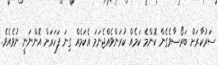
ސަރުކާރަށް ބަރޯސާވެގެން ކޮންމެ ކަމެއް ކުރަންވެއްޖެނަމަ އެކަމެއް ގިނަ ފަހަރަށް އޮންނަނީ ނުވެއެވެ.